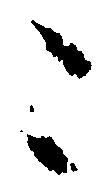
こ